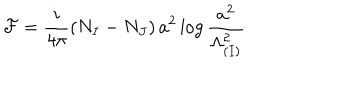
{ \cal F } = \frac { i } { 4 \pi } \left( N _ { I } - N _ { J } \right) a ^ { 2 } \log \frac { a ^ { 2 } } { \Lambda _ { ( I ) } ^ { 2 } }